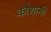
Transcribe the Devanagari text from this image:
कौशानी